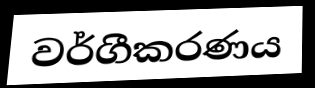
වර්ගීකරණය